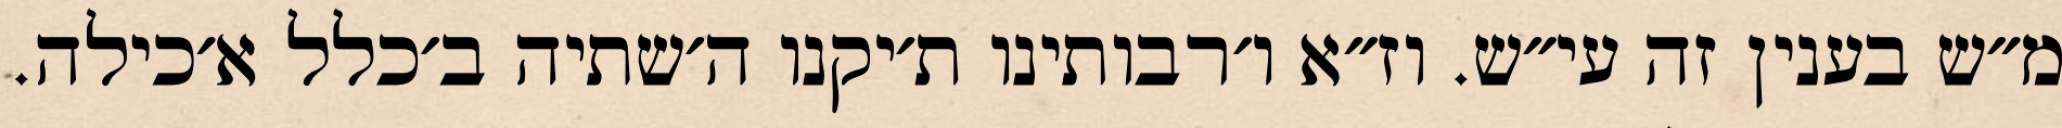
מ״ש בענין זה עי״ש. וז״א ו׳רבותינו ת׳יקנו ה׳שתיה ב׳כלל א׳כילה.